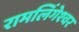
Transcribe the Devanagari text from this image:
रामलिंगेश्‍वर